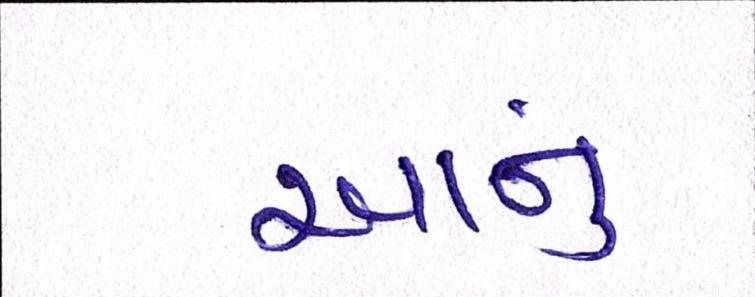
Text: આનું